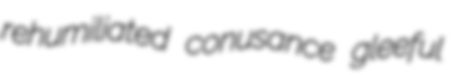
rehumiliated conusance gleeful